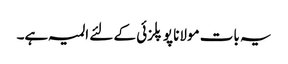
یہ بات مولانا پوپلزئی کے لئے المیہ ہے۔